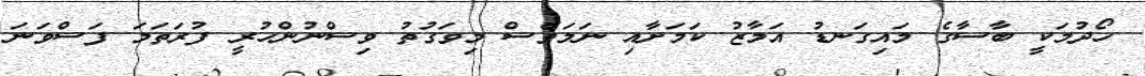
ހޯދުމަކީ ބާސާގެ މައިގަނޑު އަމާޒު ކަމަށާއި ނަމަވެސް މިވަގުތު ވިސްނުންހުރީ ފުރަތަމަ ފަސްވަނަ